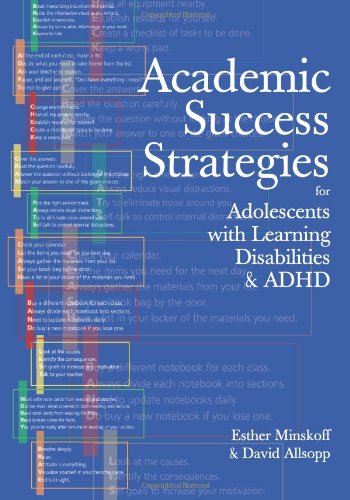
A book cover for Academic Success Strategies for Adolescents with Learning Disabilities and ADHD; Esther Minskoff; Health, Fitness & Dieting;